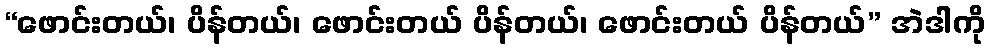
“ဖောင်းတယ်၊ ပိန်တယ်၊ ဖောင်းတယ် ပိန်တယ်၊ ဖောင်းတယ် ပိန်တယ်” အဲဒါကို